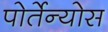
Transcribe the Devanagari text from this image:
पोर्तेन्योस